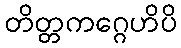
တိတ္တကဂ္ဂေဟိပိ